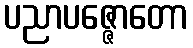
ပညာပဇ္ဇောတော